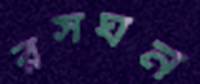
রসঘন